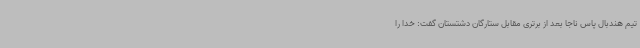
تیم هندبال پاس ناجا بعد از برتری مقابل ستارگان دشتستان گفت: خدا را